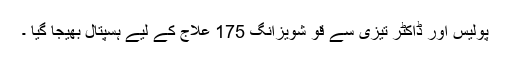
پولیس اور ڈاکٹر تیزی سے قو شویزانگ 175 علاج کے لیے ہسپتال بھیجا گیا ۔